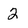
Character: 2